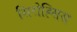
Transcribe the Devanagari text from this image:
सिरोह्सिस